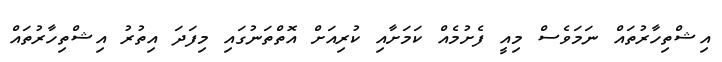
އިޝްތިހާރުތައް ނަމަވެސް މިއީ ފެށުމެއް ކަމަށާއި ކުރިއަށް އޮތްތަނުގައި މިފަދަ އިތުރު އިޝްތިހާރުތައް